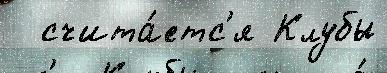
  счита́етс'я Клубы